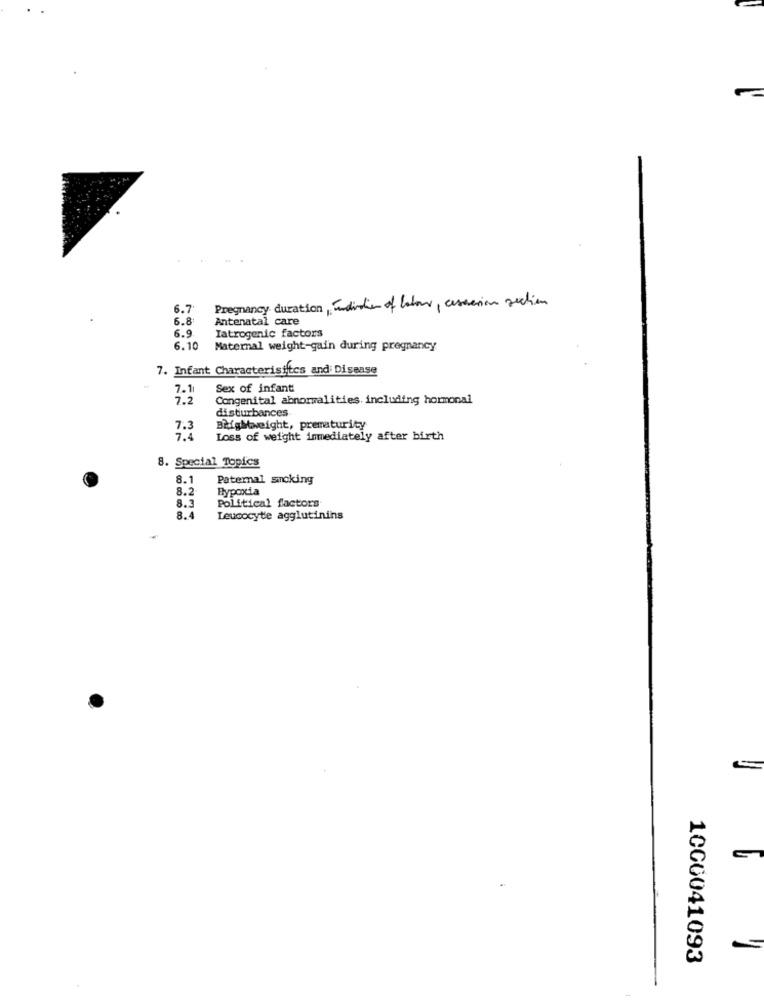
6.7
Pregnancy duration, indication of labour, cessation section
6.8
Antenatal care
6.9.
Tatrogenic factors
6.10
Maternal weight-gain during pregnancy
7. Infant Characterisiftes and Disease
7.11
Sex of infant!
7.2
Congenital abnormalities. including hormonal
disturbances
7.3
BLightweight, prematurity
7.4
Loss of weight immediately after birth
8. Special Topics
8.1
Paternal smoking
8.2
Bypoxia
Political factors
8.3
8.4
Leucocyte agglutinins
10CG041093